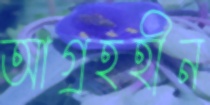
আগ্রহহীন